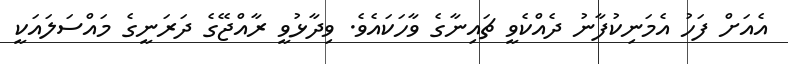
އެއަށް ފަހު އެމަނިކުފާނު ދެއްކެވީ ޗައިނާގެ ވާހަކައެވެ. ވިދާޅުވީ ރާއްޖޭގެ ދަރަނީގެ މައްސަލައަކީ